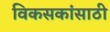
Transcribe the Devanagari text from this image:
विकसकांसाठी